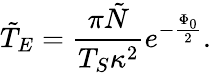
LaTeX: \tilde{T}_{E}=\frac{\pi\tilde{N}}{T_{S}\kappa^{2}}e^{-\frac{\Phi_{0}}{2}}.